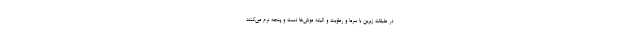
در طبقات زیرین با سرما و رطوبت و البته موش‌ها دست و پنجه نرم می‌کنند